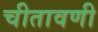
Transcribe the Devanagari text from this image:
चीतावणी